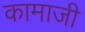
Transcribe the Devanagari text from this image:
कामाजी